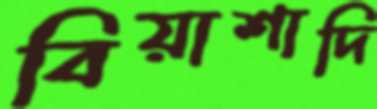
বিয়াশাদি